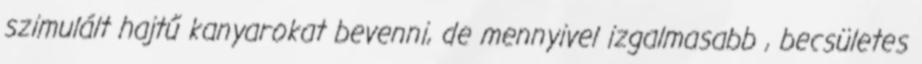
szimulált hajtű kanyarokat bevenni, de mennyivel izgalmasabb , becsületes